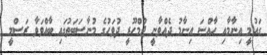
ގައުމީ އިނާމާއި ހާއްސަ އިނާމު ދެއްވާނީ ޖުމްހޫރީ ދުވަހުގެ މުނާސަބަތުގައި ބާއްވަވާ ރަސްމީ